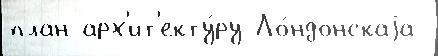
план арх'ит'екту́ру Ло́ндонскаjа